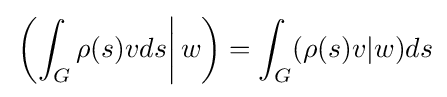
\left.\left(\int _{G}\rho (s)vds\right|w\right)=\int _{G}(\rho (s)v|w)ds